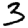
Digit: 3